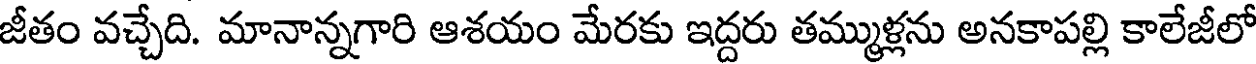
జీతం వచ్చేది. మానాన్నగారి ఆశయం మేరకు ఇద్దరు తమ్ముళ్లను అనకాపల్లి కాలేజీలో